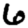
Digit: 6